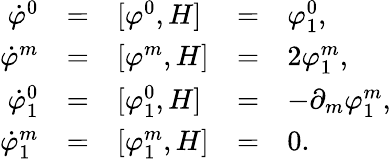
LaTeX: \begin{array}{rclcl}{{\dot{\varphi}^{0}}}&{{=}}&{{[\varphi^{0},H]}}&{{=}}&{{\varphi_{1}^{0},}}\\ {{\dot{\varphi}^{m}}}&{{=}}&{{[\varphi^{m},H]}}&{{=}}&{{2\varphi_{1}^{m},}}\\ {{\dot{\varphi}_{1}^{0}}}&{{=}}&{{[\varphi_{1}^{0},H]}}&{{=}}&{{-\partial_{m}\varphi_{1}^{m},}}\\ {{\dot{\varphi}_{1}^{m}}}&{{=}}&{{[\varphi_{1}^{m},H]}}&{{=}}&{{0.}}\end{array}